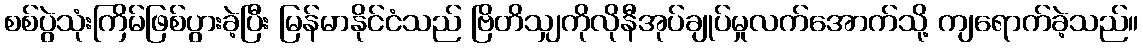
စစ်ပွဲသုံးကြိမ်ဖြစ်ပွားခဲ့ပြီး မြန်မာနိုင်ငံသည် ဗြိတိသျှကိုလိုနီအုပ်ချုပ်မှုလက်အောက်သို့ ကျရောက်ခဲ့သည်။